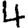
Digit: 4